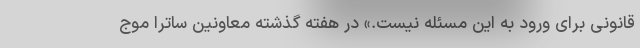
قانونی برای ورود به این مسئله نیست.» در هفته گذشته معاونین ساترا موج